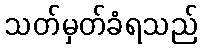
သတ်မှတ်ခံရသည်